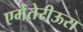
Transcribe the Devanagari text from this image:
एमेतेरीऊस